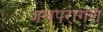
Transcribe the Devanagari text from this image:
जलपरागण